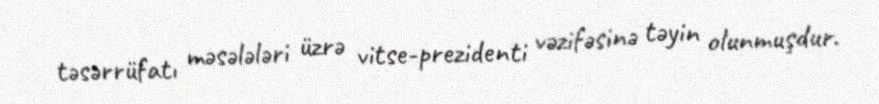
təsərrüfatı məsələləri üzrə vitse-prezidenti vəzifəsinə təyin olunmuşdur.